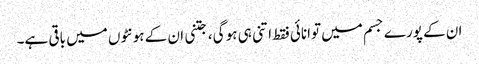
ان کے پورے جسم میں توانائی فقط اتنی ہی ہو گی، جتنی ان کے ہونٹوں میں باقی ہے۔